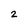
Character: 2